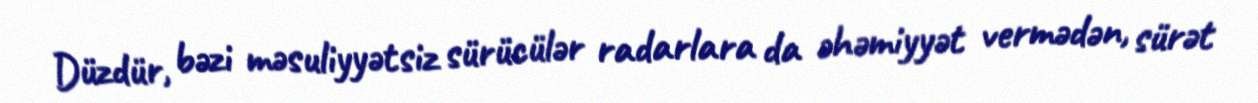
Düzdür, bəzi məsuliyyətsiz sürücülər radarlara da əhəmiyyət vermədən, sürət